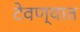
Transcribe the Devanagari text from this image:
टेवण्यात